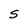
Character: S